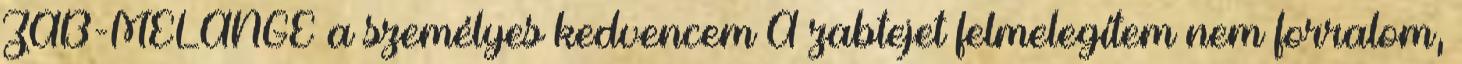
ZAB-MELANGE a személyes kedvencem A zabtejet felmelegítem nem forralom,